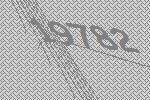
19782